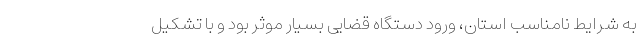
به شرایط نامناسب استان، ورود دستگاه قضایی بسیار موثر بود و با تشکیل